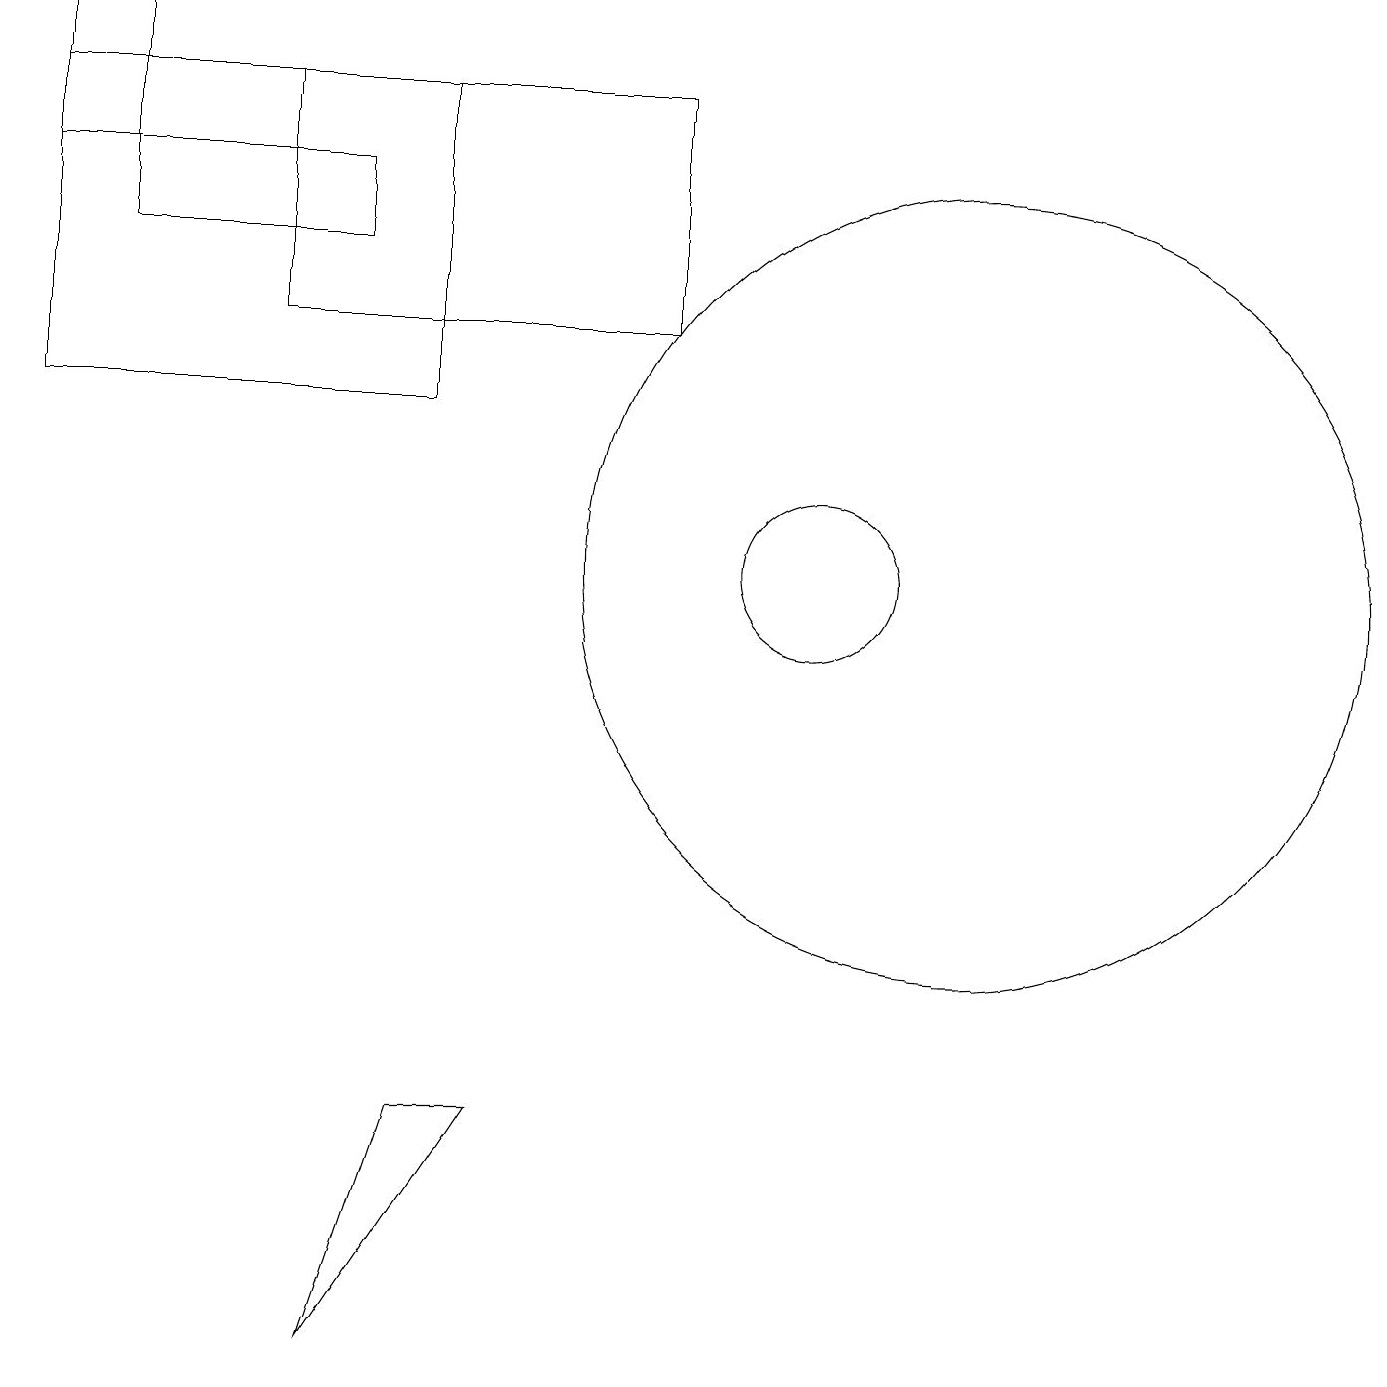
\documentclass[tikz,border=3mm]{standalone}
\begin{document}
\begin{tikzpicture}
\draw (10,10) circle (1);
\draw (8,16) rectangle (3,13);
\draw (4,15) rectangle (1,14);
\draw (12,10) circle (5);
\draw (0,15) rectangle (1,17);
\draw (5,16) rectangle (0,12);
\draw (6,3) -- (4,0) -- (5,3) -- cycle;
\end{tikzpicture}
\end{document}